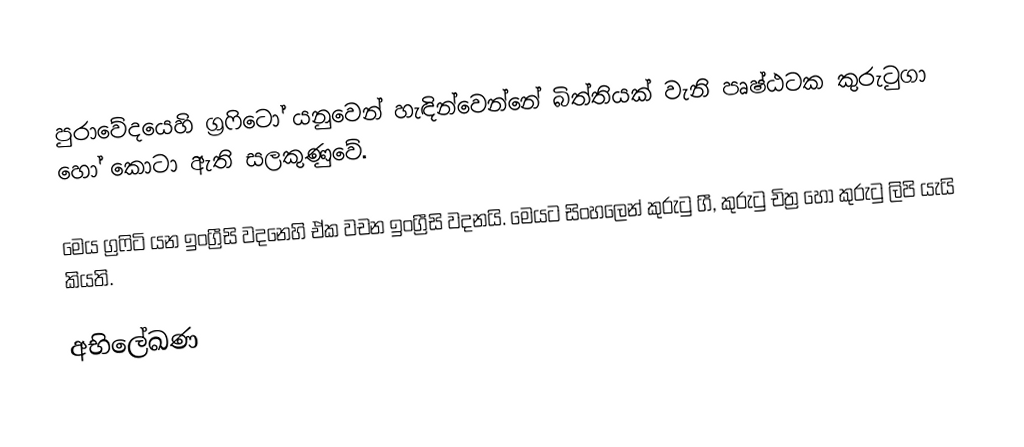
පුරාවේදයෙහි ග්‍රෆිටෝ යනුවෙන් හැඳින්වෙන්නේ බිත්තියක් වැනි පෘෂ්ඨටක කුරුටුගා හෝ කොටා ඇති සලකුණුවේ.

මෙය ග්‍රෆිටි යන ඉංග්‍රීසි වදනෙහි ඒක වචන ඉංග්‍රීසි වදනයි. මෙයට සිංහලෙන් කුරුටු ගී, කුරුටු චිත්‍ර හෝ කුරුටු ලිපි යැයි කියති.

අභිලේඛණ